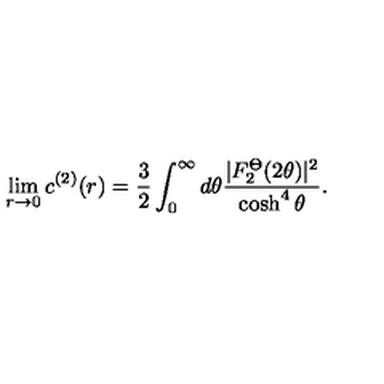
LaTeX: \lim _ { r \rightarrow 0 } c ^ { ( 2 ) } ( r ) = \frac { 3 } { 2 } \int _ { 0 } ^ { \infty } d \theta \frac { | F _ { 2 } ^ { \Theta } ( 2 \theta ) | ^ { 2 } } { \cosh ^ { 4 } \theta } .